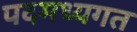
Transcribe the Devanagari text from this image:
पदमध्यगत